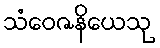
သံဝေဇနိယေသု